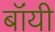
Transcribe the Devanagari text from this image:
बॉंयी